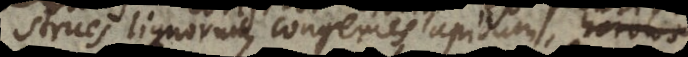
strues lignorum, congeries lapidum, grex,